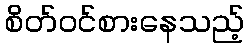
စိတ်ဝင်စားနေသည့်